Subject: cs
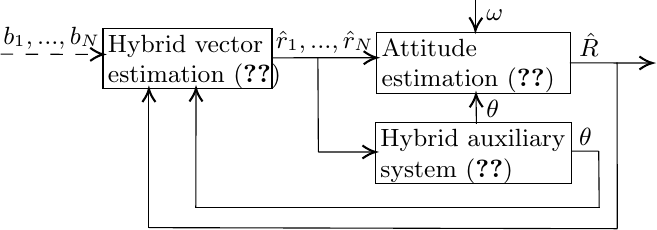
LaTeX code:
		\begin{tikzpicture}[x=0.43pt,y=0.48pt,yscale=-1,xscale=1] \small

			\draw   (100,126) -- (242,126) -- (242,171.27) -- (100,171.27) -- cycle ;
			\draw   (330,129.27) -- (493,129.27) -- (493,175.27) -- (330,175.27) -- cycle ;
			\draw   (329,197.27) -- (493.4,197.27) -- (493.4,243.27) -- (329,243.27) -- cycle ;
			\draw    (243,148.36) -- (328,148.28) ;
			\draw [shift={(330,148.28)}, rotate = 539.94] [color={rgb, 255:red, 0; green, 0; blue, 0 }  ][line width=0.75]    (10.93,-4.9) .. controls (6.95,-2.3) and (3.31,-0.67) .. (0,0) .. controls (3.31,0.67) and (6.95,2.3) .. (10.93,4.9)   ;
			\draw    (280.6,148.36) -- (281,219.28) ;
			\draw    (281,219.28) -- (327,219.24) ;
			\draw [shift={(329,219.24)}, rotate = 539.96] [color={rgb, 255:red, 0; green, 0; blue, 0 }  ][line width=0.75]    (10.93,-4.9) .. controls (6.95,-2.3) and (3.31,-0.67) .. (0,0) .. controls (3.31,0.67) and (6.95,2.3) .. (10.93,4.9)   ;
			\draw    (492.4,152.15) -- (559.75,152.27) ;
			\draw [shift={(561.75,152.27)}, rotate = 180.1] [color={rgb, 255:red, 0; green, 0; blue, 0 }  ][line width=0.75]    (10.93,-4.9) .. controls (6.95,-2.3) and (3.31,-0.67) .. (0,0) .. controls (3.31,0.67) and (6.95,2.3) .. (10.93,4.9)   ;
			\draw    (493.9,218.65) -- (516.6,218.6) ;
			\draw    (516.6,218.6) -- (517,261.28) ;
			\draw    (178,261.28) -- (517,261.28) ;
			\draw    (178,261.28) -- (178.2,173.4) ;
			\draw [shift={(178.2,171.4)}, rotate = 450.13] [color={rgb, 255:red, 0; green, 0; blue, 0 }  ][line width=0.75]    (10.93,-4.9) .. controls (6.95,-2.3) and (3.31,-0.67) .. (0,0) .. controls (3.31,0.67) and (6.95,2.3) .. (10.93,4.9)   ;
			\draw    (532,151.77) -- (532.2,277) ;
			\draw    (138.6,276.2) -- (532.2,277) ;
			\draw    (138.6,276.2) -- (138.6,173.8) ;
			\draw [shift={(138.6,171.8)}, rotate = 450] [color={rgb, 255:red, 0; green, 0; blue, 0 }  ][line width=0.75]    (10.93,-4.9) .. controls (6.95,-2.3) and (3.31,-0.67) .. (0,0) .. controls (3.31,0.67) and (6.95,2.3) .. (10.93,4.9)   ;
			\draw  [dash pattern={on 4.5pt off 4.5pt}]  (14,145.6) -- (100,145.79) ;
			\draw [shift={(100.2,145.8)}, rotate = 180.17] [color={rgb, 255:red, 0; green, 0; blue, 0 }  ][line width=0.75]    (10.93,-4.9) .. controls (6.95,-2.3) and (3.31,-0.67) .. (0,0) .. controls (3.31,0.67) and (6.95,2.3) .. (10.93,4.9)   ;
			\draw    (413.8,198.04) -- (413.53,177.75) ;
			\draw [shift={(413.5,175.75)}, rotate = 449.23] [color={rgb, 255:red, 0; green, 0; blue, 0 }  ][line width=0.75]    (10.93,-4.9) .. controls (6.95,-2.3) and (3.31,-0.67) .. (0,0) .. controls (3.31,0.67) and (6.95,2.3) .. (10.93,4.9)   ;
			\draw    (413,105) -- (413,125.86) ;
			\draw [shift={(413,127.86)}, rotate = 271.79] [color={rgb, 255:red, 0; green, 0; blue, 0 }  ][line width=0.75]    (10.93,-4.9) .. controls (6.95,-2.3) and (3.31,-0.67) .. (0,0) .. controls (3.31,0.67) and (6.95,2.3) .. (10.93,4.9)   ;

			\draw (102,129) node [anchor=north west][inner sep=0.75pt]   [align=left] {Hybrid vector\\ estimation \eqref{eqn:hybrid_observer1-2}};
			\draw (332,132.27) node [anchor=north west][inner sep=0.75pt]   [align=left] {Attitude\\ estimation  \eqref{eqn:hybrid_observer1-1}};
			\draw (331,200.27) node [anchor=north west][inner sep=0.75pt]   [align=left] {Hybrid auxiliary\\ system \eqref{eqn:hybrid_dynamics_theta}};
			\draw (14,123) node [anchor=north west][inner sep=0.75pt]   [align=left] {$b_1,...,b_N$};
			\draw (243,126) node [anchor=north west][inner sep=0.75pt]   [align=left] {$\hat{r}_1,...,\hat{r}_N$};
			\draw (498,128) node [anchor=north west][inner sep=0.75pt]   [align=left] {$\hat{R}$};
			\draw (498,199) node [anchor=north west][inner sep=0.75pt]   [align=left] {$\theta$};
			\draw (420,178) node [anchor=north west][inner sep=0.75pt]   [align=left] {$\theta$};
			\draw (420,110) node [anchor=north west][inner sep=0.75pt]   [align=left] {$\omega$};
		\end{tikzpicture}